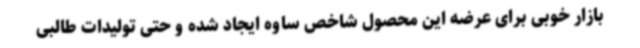
بازار خوبی برای عرضه این محصول شاخص ساوه ایجاد شده و حتی تولیدات طالبی